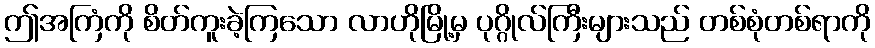
ဤအကြံကို စိတ်ကူးခဲ့ကြသော လာဟိုမြို့မှ ပုဂ္ဂိုလ်ကြီးများသည် တစ်စုံတစ်ရာကို